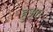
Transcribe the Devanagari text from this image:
हुअा।